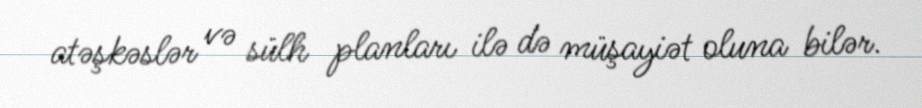
atəşkəslər və sülh planları ilə də müşayiət oluna bilər.